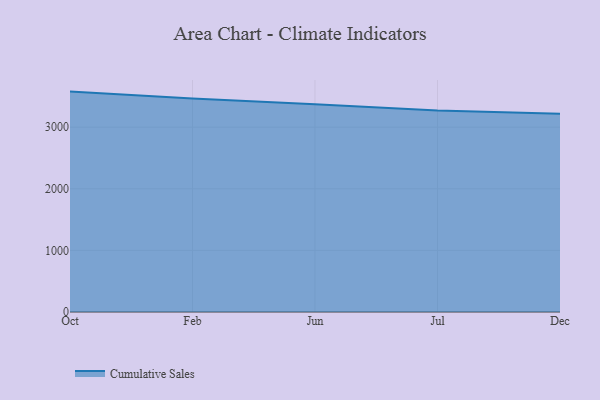
{"axis": {"x": "Month", "y": "Latency (ms)"}, "legend": ["Cumulative Sales"], "data": [{"x": "Oct", "y": 3577.8, "type": "Cumulative Sales"}, {"x": "Feb", "y": 3465.5, "type": "Cumulative Sales"}, {"x": "Jun", "y": 3372.4, "type": "Cumulative Sales"}, {"x": "Jul", "y": 3270.5, "type": "Cumulative Sales"}, {"x": "Dec", "y": 3216.3, "type": "Cumulative Sales"}]}